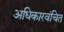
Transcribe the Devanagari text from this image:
अधिकारवंचित